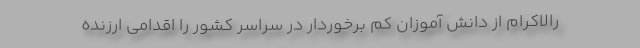
رالاکرام از دانش آموزان کم برخوردار در سراسر کشور را اقدامی ارزنده